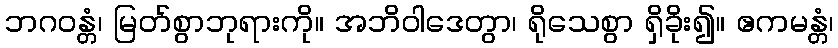
ဘဂဝန္တံ၊ မြတ်စွာဘုရားကို။ အဘိဝါဒေတွာ၊ ရိုသေစွာ ရှိခိုး၍။ ဧကမန္တံ၊